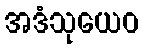
အဒံသုယေဝ